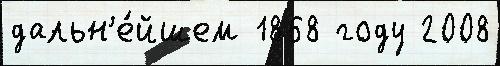
дальн'е́йшем 1868 году 2008